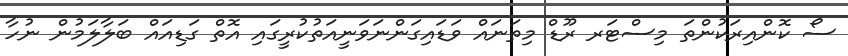
ސޯ ކޮންއިރަކުންތަ މިސްޓަރ ރޫޑް މިތަނައް ވަަޑައިގަންނަވަނީއަތުކުރީގައި އޮތް ގަޑިއައް ބަލާލަމުން ނުހާ